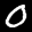
Label: 0